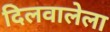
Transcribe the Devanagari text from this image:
दिलवालेला